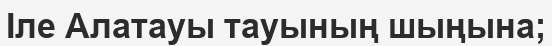
Іле Алатауы тауының шыңына;